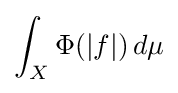
\int _{X}\Phi (|f|)\,d\mu